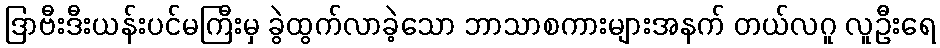
ဒြာဗီးဒီးယန်းပင်မကြီးမှ ခွဲထွက်လာခဲ့သော ဘာသာစကားများအနက် တယ်လဂူ လူဦးရေ